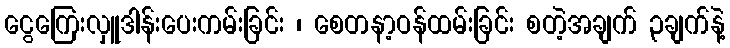
ငွေကြေးလှူဒါန်းပေးကမ်းခြင်း ၊ စေတနာ့ဝန်ထမ်းခြင်း စတဲ့အချက် ၃ချက်နဲ့